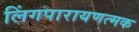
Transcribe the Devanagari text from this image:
लिंगपारायणत्मक